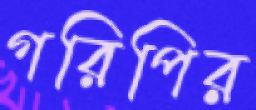
গরিপির